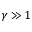
\gamma \gg 1